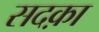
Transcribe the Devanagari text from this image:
सदक़ा